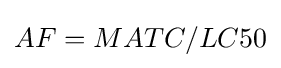
AF=MATC/LC50